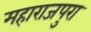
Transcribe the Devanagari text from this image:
महाराजपुरा